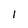
Character: I